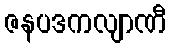
ဇနပဒကလျာဏီ